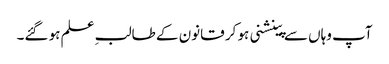
آپ وہاں سے پینشنی ہو کر قانون کے طالبِ علم ہو گئے۔